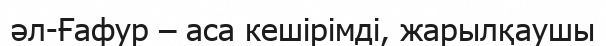
әл-Ғафур – аса кешірімді, жарылқаушы